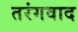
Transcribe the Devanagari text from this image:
तरंगवाद